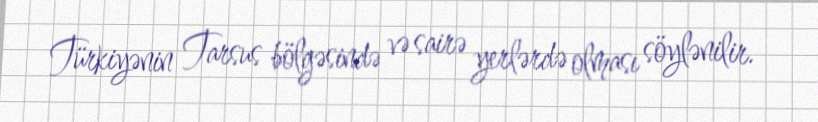
Türkiyənin Tarsus bölgəsində və sairə yerlərdə olması söylənilir.